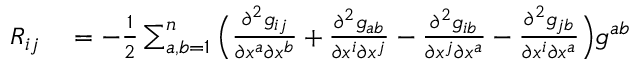
\begin{array} { r l } { R _ { i j } } & { { } = - { \frac { 1 } { 2 } } \sum _ { a , b = 1 } ^ { n } { \Big ( } { \frac { \partial ^ { 2 } g _ { i j } } { \partial x ^ { a } \partial x ^ { b } } } + { \frac { \partial ^ { 2 } g _ { a b } } { \partial x ^ { i } \partial x ^ { j } } } - { \frac { \partial ^ { 2 } g _ { i b } } { \partial x ^ { j } \partial x ^ { a } } } - { \frac { \partial ^ { 2 } g _ { j b } } { \partial x ^ { i } \partial x ^ { a } } } { \Big ) } g ^ { a b } } \end{array}